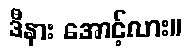
ဒီနား အောင့်လား။